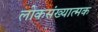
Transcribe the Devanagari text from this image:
लोकसंख्यात्मक